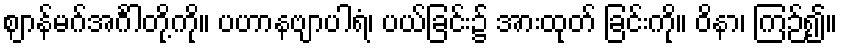
ဈာန်မဂ်အင်္ဂါတို့ကို။ ပဟာနဗျာပါရံ၊ ပယ်ခြင်း၌ အားထုတ် ခြင်းကို။ ဝိနာ၊ ကြဉ်၍။